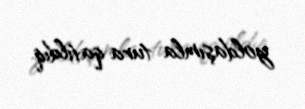
yoldaşımla tura qatıldıq.